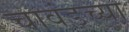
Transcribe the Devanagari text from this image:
चावंडच्या